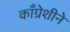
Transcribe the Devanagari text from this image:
काँग्रेशीने